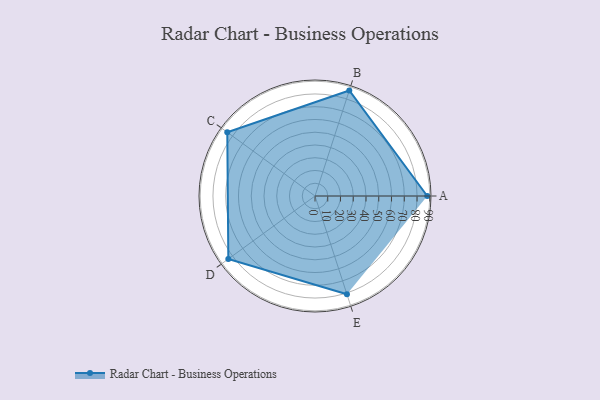
{"axis": {"x": "Skill", "y": "Score"}, "legend": ["Profile"], "data": [{"x": "A", "y": 88.0, "type": "Profile"}, {"x": "B", "y": 87.0, "type": "Profile"}, {"x": "C", "y": 85.0, "type": "Profile"}, {"x": "D", "y": 84.0, "type": "Profile"}, {"x": "E", "y": 81.0, "type": "Profile"}]}